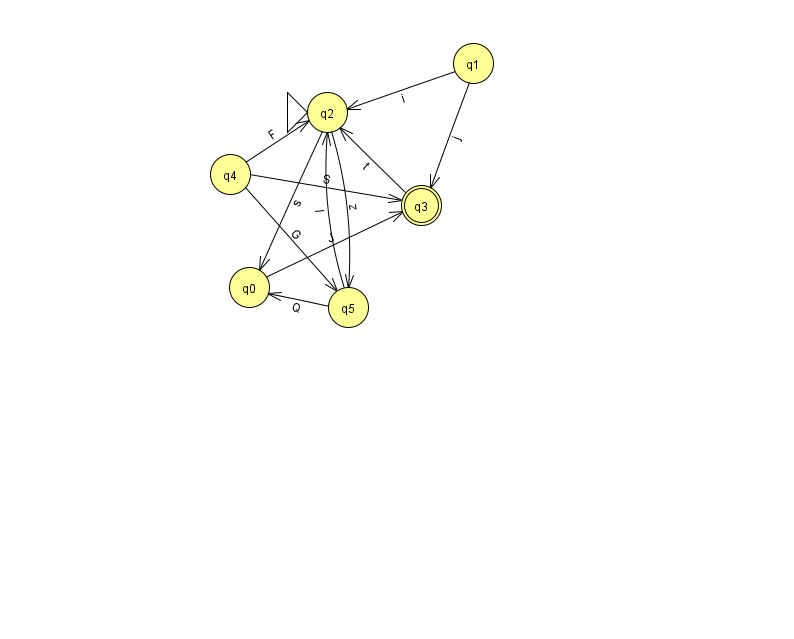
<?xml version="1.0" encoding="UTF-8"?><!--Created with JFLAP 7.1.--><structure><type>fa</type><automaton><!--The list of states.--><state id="0" name="q0"><x>249.0</x><y>274.0</y></state><state id="1" name="q1"><x>473.0</x><y>50.0</y></state><state id="2" name="q2"><x>327.0</x><y>99.0</y><initial/></state><state id="3" name="q3"><x>421.0</x><y>192.0</y><final/></state><state id="4" name="q4"><x>230.0</x><y>161.0</y></state><state id="5" name="q5"><x>348.0</x><y>294.0</y></state><!--The list of transitions.--><transition><from>0</from><to>3</to><read>J</read></transition><transition><from>2</from><to>0</to><read>s</read></transition><transition><from>4</from><to>5</to><read>G</read></transition><transition><from>1</from><to>2</to><read>i</read></transition><transition><from>2</from><to>5</to><read>z</read></transition><transition><from>4</from><to>3</to><read>S</read></transition><transition><from>5</from><to>2</to><read>l</read></transition><transition><from>1</from><to>3</to><read>j</read></transition><transition><from>4</from><to>2</to><read>F</read></transition><transition><from>5</from><to>0</to><read>Q</read></transition><transition><from>3</from><to>2</to><read>t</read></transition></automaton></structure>